Indian journal of veterinary science and animal husbandry - Volume 9,
Year: 1939
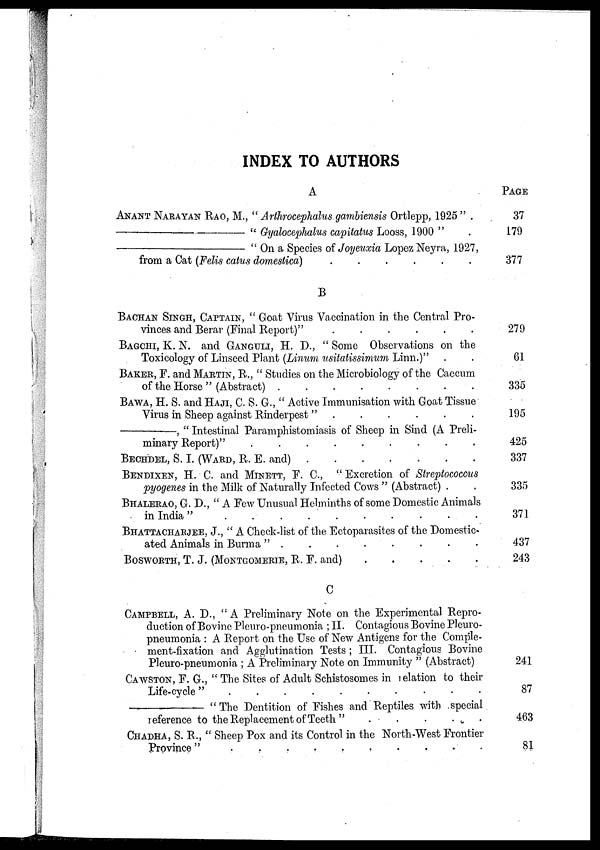
INDEX TO AUTHORS
A
ANANT NARAYAN RAO, M., " Arthrocephalus gambiensis Ortlepp, 1925 " .
—
" Gyalocephalus capitatus Looss, 1900 " .
—
" On a Species of Joyeuxia Lopez Neyra, 1927,
from a Cat (Felis catus domestica) . . . . . .
B
BACHAN SINGH, CAPTAIN, " Goat Virus Vaccination in the Central Pro-
vinces and Berar (Final Report)"
.
.
.
.
.
.
BAGCHI, K. N. AND GANGULI, H. D., " Some Observations on the
Toxicology of Linseed Plant (Linum usitatissimum Linn.)" . .
BAKER, F. and MARTIN, R., " Studies on the Microbiology of the Caecum
of the Horse " (Abstract) . . . . . . . .
BAWA, H. S. and HAJI, C. S. G., " Active Immunisation with Goat Tissue
Virus in Sheep against Rinderpest "
.
.
.
.
.
.
—,
" Intestinal Paramphistomiasis of Sheep in Sind (A Preli-
minary Report)"
.
.
.
.
.
.
.
.
.
BECHDEL, S. I. (WARD, R. E. and)
.
.
.
.
.
.
.
BENDIXEN, H. C. AND MINETT, F. C., " Excretion of Streptococcus
pyogenes in the Milk of Naturally Infected Cows " (Abstract) . .
BHALERAO, G. D., " A Few Unusual Helminths of some Domestic Animals
in India "
.
.
.
.
.
.
.
.
.
.
BHATTACHARJEE, J., " A Check-list of the Ectoparasites of the Domestic-
ated Animals in Burma " . . . . . . . .
BOSWORTH, T. J. (MONTGOMERIE, R. F. and) . . . . .
C
CAMPBELL, A. D., "A Preliminary Note on the Experimental Repro-
duction of Bovine Pleuro-pneumonia ; II. Contagious Bovine Pleuro-
pneumonia : A Report on the Use of New Antigens for the Comple-
ment-fixation and Agglutination Tests ; III. Contagious Bovine
Pleuro-pneumonia ; A Preliminary Note on Immunity " (Abstract)
CAWSTON, F. G., " The Sites of Adult Schistosomes in relation to their
Life-cycle"
.
.
.
.
.
.
.
.
.
.
—
" The Dentition of Fishes and Reptiles with special
reference to the Replacement of Teeth "
.
.
.
.
.
CHADHA, S. R., " Sheep Pox and its Control in the North-West Frontier
Province " . . . . . . . . . .
PAGE
37
179
377
279
61
335
195
425
337
335
371
437
243
241
87
463
81